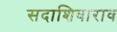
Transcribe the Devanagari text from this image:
सदाशिवाराव